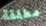
مطلقة